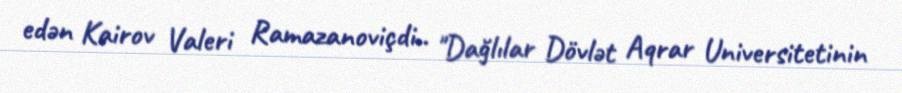
edən Kairov Valeri Ramazanoviçdi.. "Dağlılar Dövlət Aqrar Universitetinin